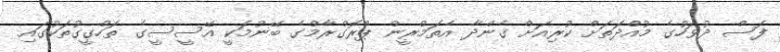
ފަސް ދުވަހުގެ މުއްދަތަށް ކުރިއަށް ގެންދާ އެތަމްރީން ޕްރޮގްރާމްގެ ބޭނުމަކީ އޭސީސީގެ ތަހްގީގުތަކުގައި